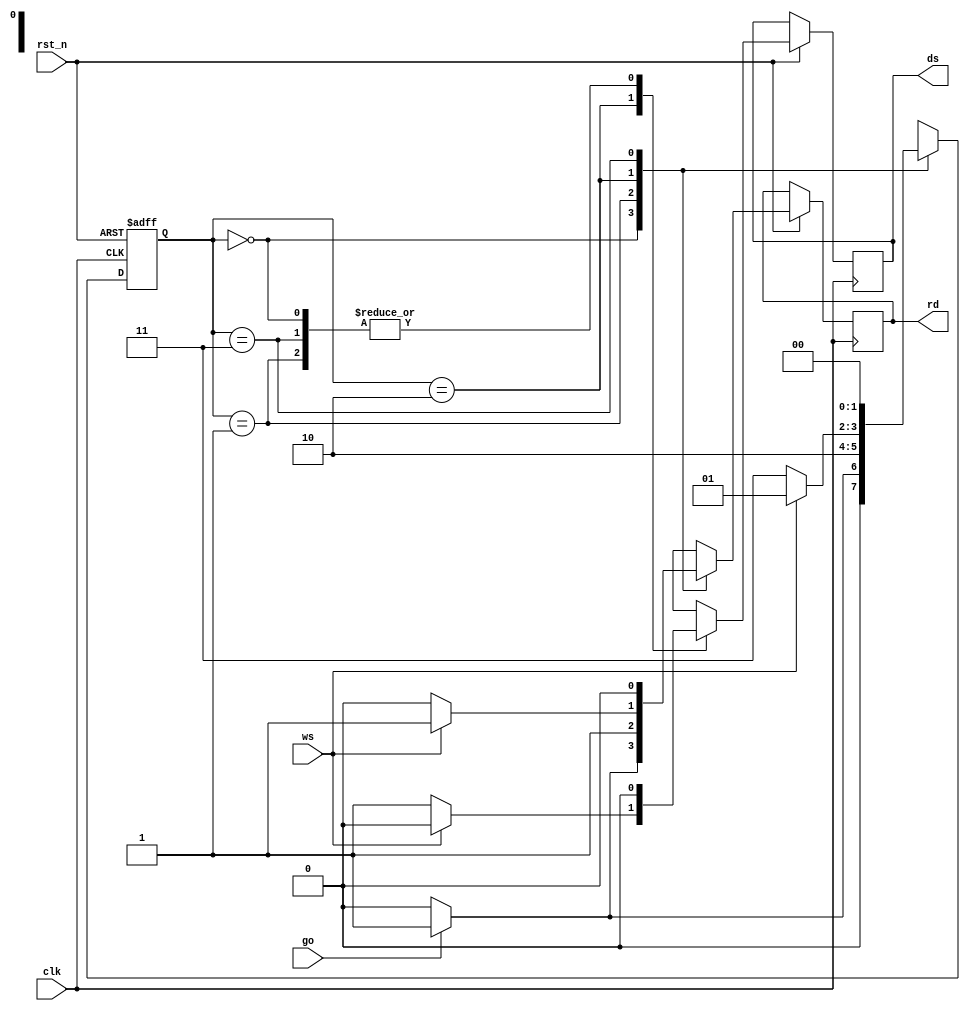
// Your Mealy model of FSM k
module fsm_k_mealy (
  output reg ds,
  output reg rd,
  input wire go,
  input wire ws,
  input wire clk,
  input wire rst_n
);
  parameter [1:0] IDLE = 2'b00,
                  READ = 2'b01,
                  DLY = 2'b10,
                  DONE = 2'b11;
  reg [1:0] state, next;
  reg rd_next, ds_next;

  // Sequential part with positive clock edge triggered and
  // negative edge reset
  always @(posedge clk or negedge rst_n) begin
    if (rst_n == 1'b0) begin
      state <= IDLE;
    end else begin
      state <= next;
      ds <= ds_next;
      rd <= rd_next;
    end
  end

  // Combinational part with state transition and output
  always @* begin
    // Default assignment
    next = IDLE;
    ds_next = 1'b0;
    rd_next = 1'b0;

    // Case for state transition and output assignment
    case (state)
      IDLE: begin
        if (go) rd_next = 1'b1;
		next = go ? READ : IDLE;
      end
      READ: begin
        rd_next = 1'b1;
        next = DLY;
      end
      DLY: begin
        if (ws) begin
			next = READ;
			rd_next = 1'b1;
        end else begin
			next = DONE;
			ds_next = 1'b1;
		end
      end
      DONE:
        next = IDLE;
    endcase
  end
endmodule

// Moore model of FSM k
module fsm_k_moore2 (
  output reg ds,
  output reg rd,
  input wire go,
  input wire ws,
  input wire clk,
  input wire rst_n
);
  // State encoding
  parameter [1:0] IDLE = 2'b00,
                  READ = 2'b01,
                  DLY = 2'b10,
                  DONE = 2'b11;

  // Registers of state and next state 
  reg [1:0] state, next;

  // Sequential part with positive clock edge triggered and
  // negative edge reset
  always @(posedge clk or negedge rst_n) begin
    if (rst_n == 1'b0) begin
      state <= IDLE;
    end else begin
      state <= next;
    end
  end

  // Combinational part with state transition and output
  always @* begin
    // Default assignment
    next = IDLE;
    ds = 1'b0;
    rd = 1'b0;

    // Case for state transition and output assignment
    case (state)
      IDLE: begin
        if (go) next = READ;
        else next = IDLE;
      end
      READ: begin
        rd = 1'b1;
        next = DLY;
      end
      DLY: begin
        rd = 1'b1;
        if (ws) next = READ;
        else next = DONE;
      end
      DONE: begin
        ds = 1'b1;
        next = IDLE;
      end
    endcase
  end
endmodule